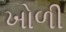
ખોળી